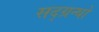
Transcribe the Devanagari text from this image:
सद्ग्रन्थों